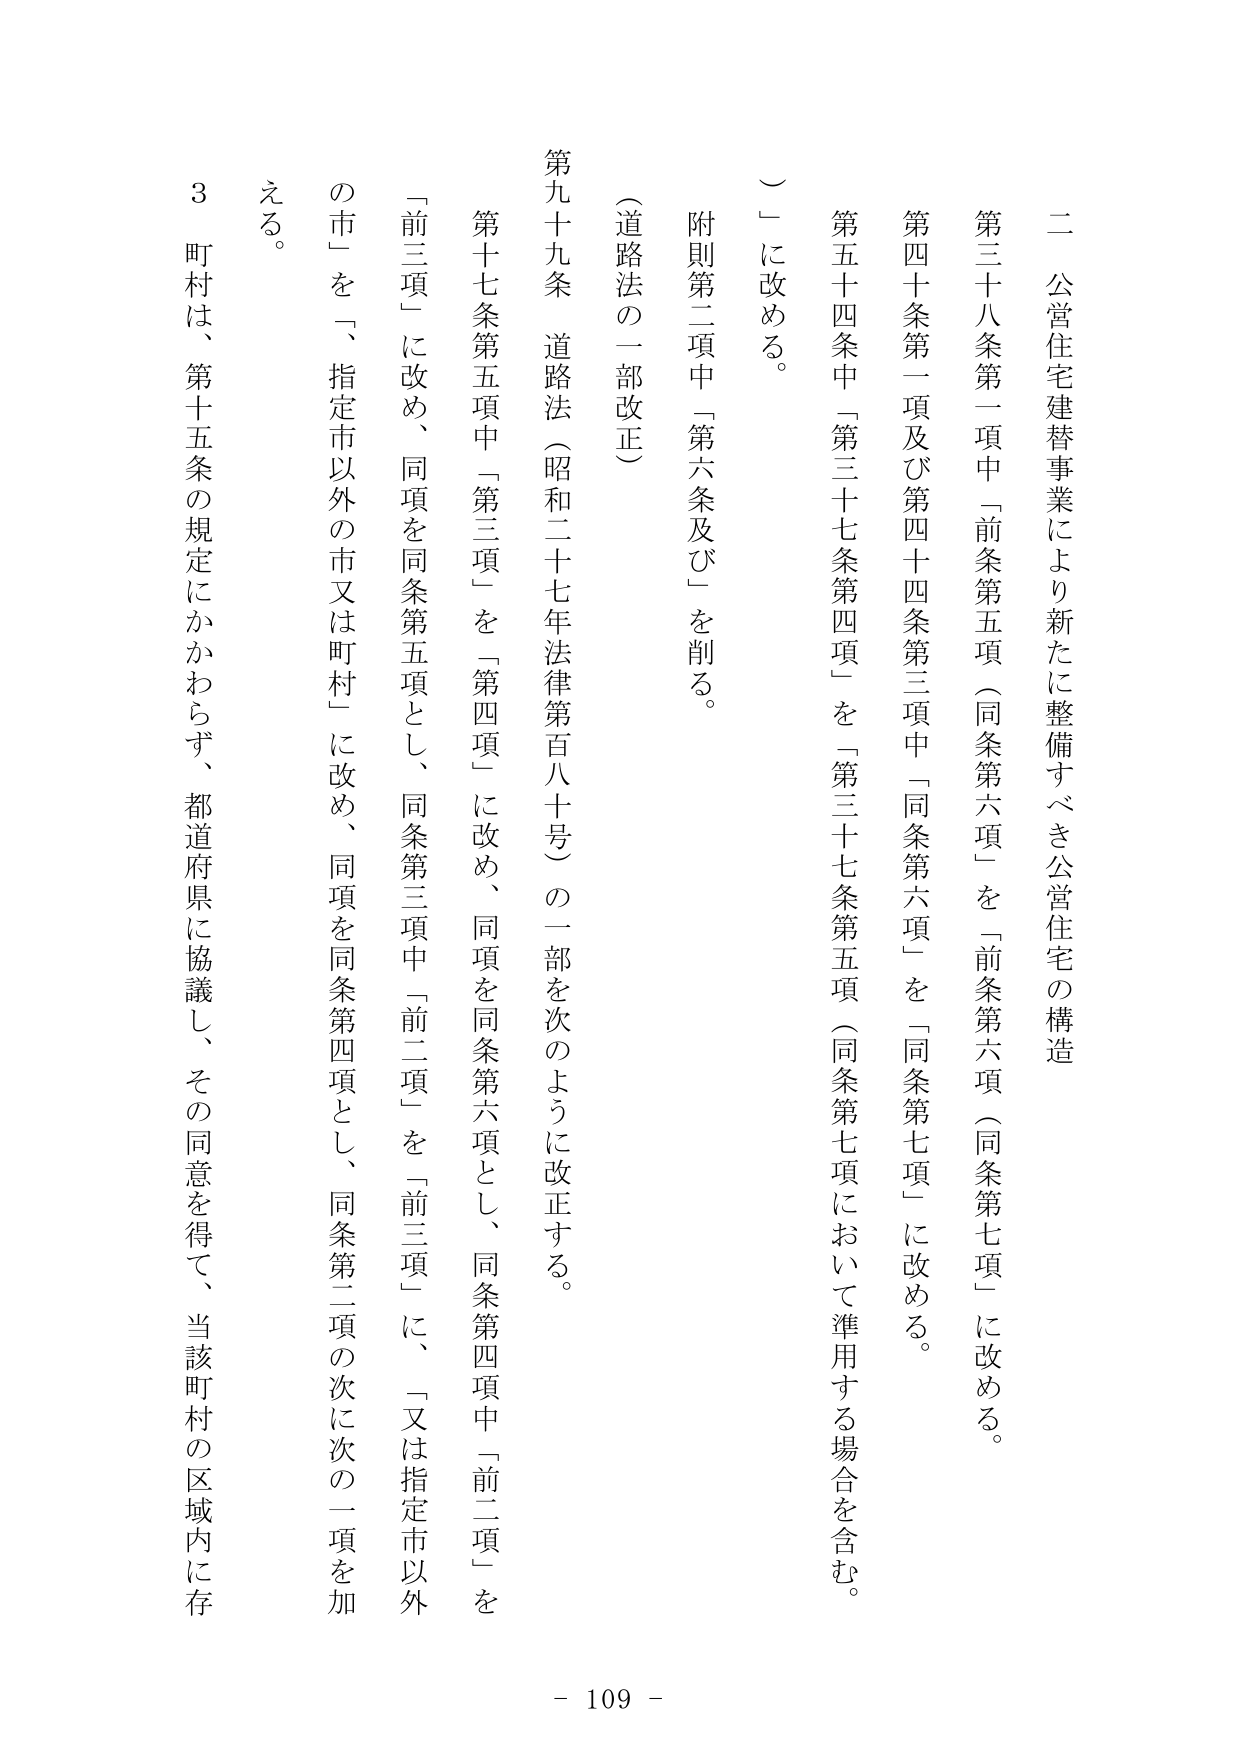
二 公営住宅建替事業により新たに整備すべき公営住宅の構造

第三十八条第一項中「前条第五項（同条第六項）」を「前条第六項（同条第七項）」に改める。

第四十条第一項及び第四十四条第三項中「同条第六項」を「同条第七項」に改める。

第五十四条中「第三十七条第四項」を「第三十七条第五項（同条第七項において準用する場合を含む。）」に改める。

附則第二項中「第六条及び」を削る。

（道路法の一部改正）

第九十九条 道路法（昭和二十七年法律第百八十号）の一部を次のように改正する。

第十七条第五項中「第三項」を「第四項」に改め、同項を同条第六項とし、同条第四項中「前二項」を「前三項」に改め、同項を同条第五項とし、同条第三項中「前二項」を「前三項」に、「又は指定市以外の市」を「、指定市以外の市又は町村」に改め、同項を同条第四項とし、同条第二項の次に次の一項を加える。

３ 町村は、第十五条の規定にかかわらず、都道府県に協議し、その同意を得て、当該町村の区域内に存

- 109 -